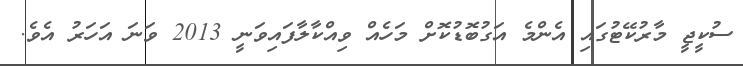
ސުކީޖީ މާރުކޭޓުގައި އެންމެ އަގުބޮޑުކޮށް މަހެއް ވިއްކާލާފައިވަނީ 2013 ވަނަ އަހަރު އެވެ.